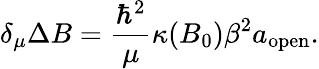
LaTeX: \delta_{\mu}\Delta B=\frac{\hbar^{2}}{\mu}\kappa(B_{0})\beta^{2}a_{\mathrm{open}}.